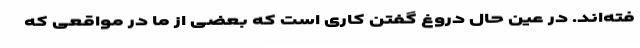
فته‌اند. در عین حال دروغ گفتن کاری است که بعضی از ما در مواقعی که